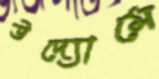
উদ্যোমে